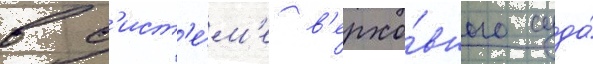
в с'ист'е́м'е в'ерхо́вного суда́